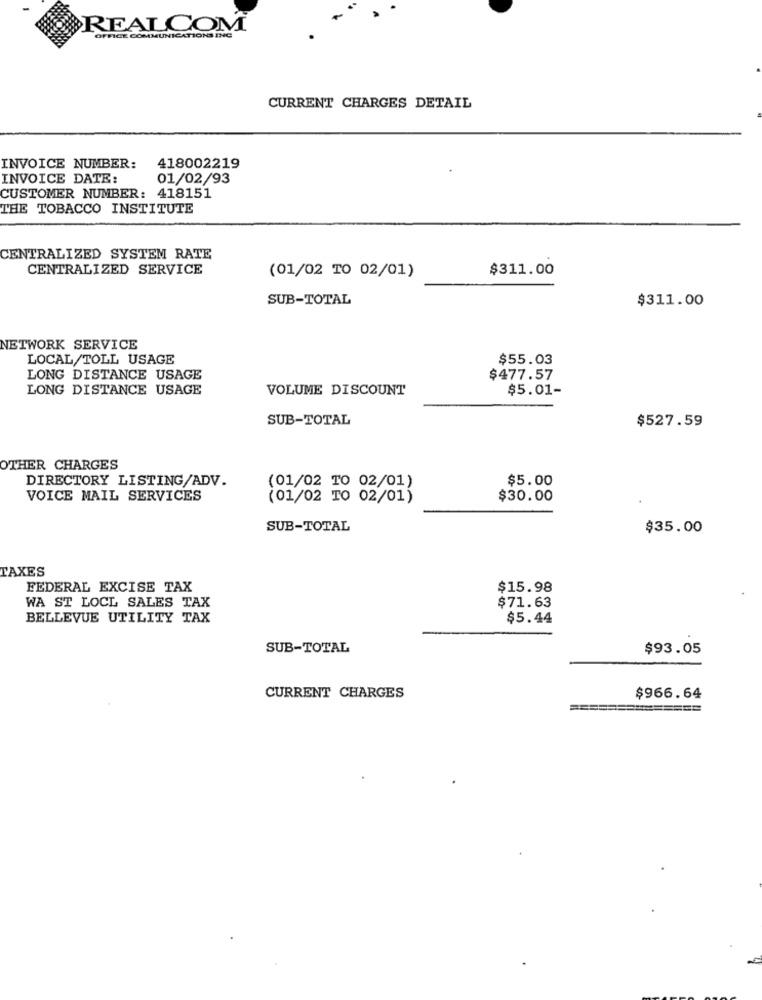
REALCOM
OFFICE COMMUNICATIONS INC
CURRENT CHARGES DETAIL
INVOICE NUMBER:
418002219
INVOICE DATE:
01/02/93
CUSTOMER NUMBER: 418151
THE TOBACCO INSTITUTE
CENTRALIZED SYSTEM RATE
CENTRALIZED SERVICE
(01/02 TO 02/01)
$311.00
SUB-TOTAL
$311.00
NETWORK SERVICE
LOCAL/TOLL USAGE
$55.03
LONG DISTANCE USAGE
$477.57
LONG DISTANCE USAGE
VOLUME DISCOUNT
$5.01-
SUB-TOTAL
$527.59
OTHER CHARGES
DIRECTORY LISTING/ADV.
$5.00
(01/02 TO 02/01)
VOICE MAIL SERVICES
(01/02 TO 02/01)
$30.00
SUB-TOTAL
$35.00
TAXES
FEDERAL EXCISE TAX
$15.98
WA ST LOCL SALES TAX
$71.63
BELLEVUE UTILITY TAX
$5.44
SUB-TOTAL
$93.05
CURRENT CHARGES
$966.64